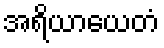
အရိယာယေတံ